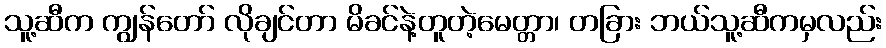
သူ့ဆီက ကျွန်တော် လိုချင်တာ မိခင်နဲ့တူတဲ့မေတ္တာ၊ တခြား ဘယ်သူ့ဆီကမှလည်း